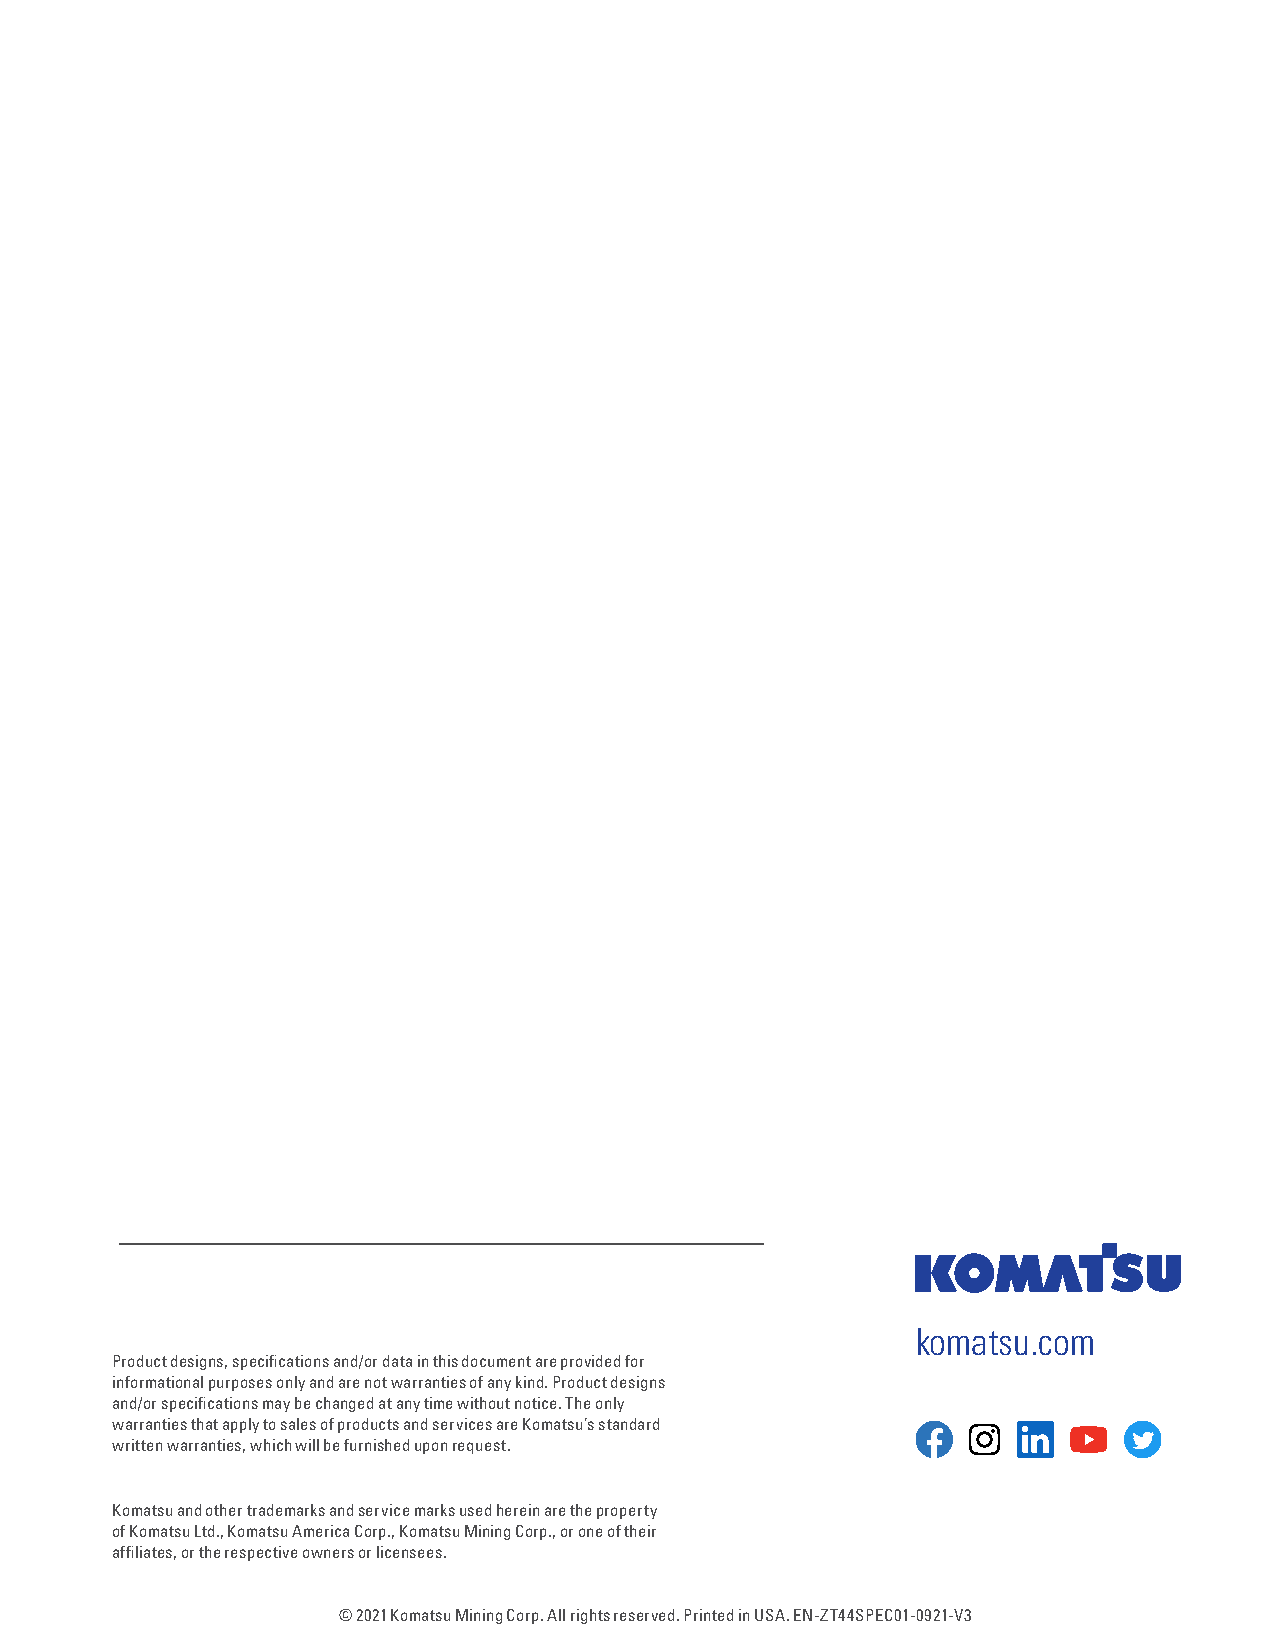
komatsu.com
 Product designs, specifications and/or data in this document are provided for
 informational purposes only and are not warranties of any kind. Product designs
 and/or specifications may be changed at any time without notice. The only
 warranties that apply to sales of products and services are Komatsu’s standard
 written warranties, which will be furnished upon request.
 Komatsu and other trademarks and service marks used herein are the property
 of Komatsu Ltd., Komatsu America Corp., Komatsu Mining Corp., or one of their
 affiliates, or the respective owners or licensees.
 © 2021 Komatsu Mining Corp. All rights reserved. Printed in USA. EN-ZT44SPEC01-0921-V3